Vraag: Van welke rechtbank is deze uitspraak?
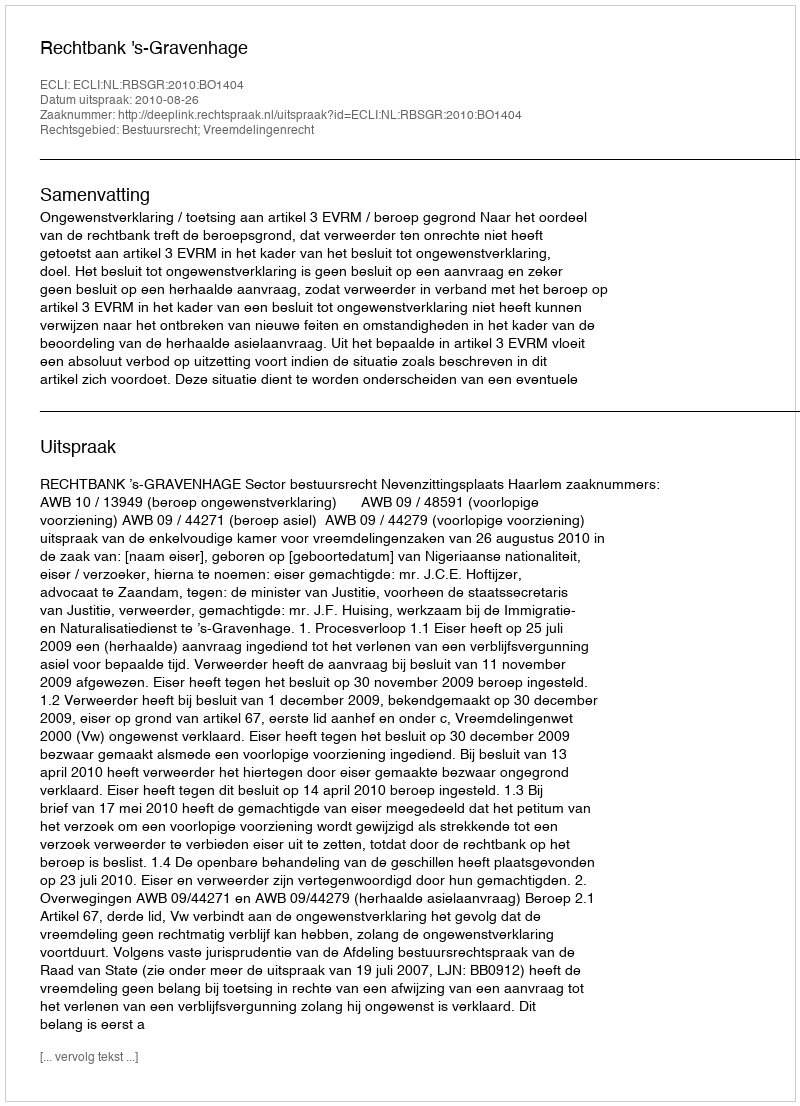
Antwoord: Rechtbank 's-Gravenhage